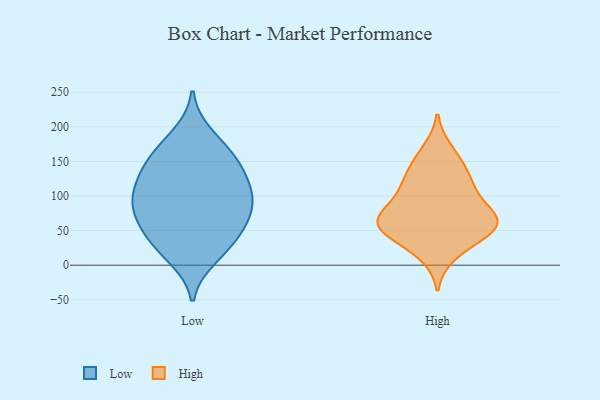
{"axis": {"x": "Inventory Turnover", "y": "Value"}, "legend": ["High", "Low"], "data": [{"x": "", "y": 144, "type": "Low"}, {"x": "", "y": 30, "type": "Low"}, {"x": "", "y": 97, "type": "Low"}, {"x": "", "y": 56, "type": "Low"}, {"x": "", "y": 58, "type": "Low"}, {"x": "", "y": 135, "type": "Low"}, {"x": "", "y": 76, "type": "Low"}, {"x": "", "y": 102, "type": "Low"}, {"x": "", "y": 97, "type": "Low"}, {"x": "", "y": 89, "type": "Low"}, {"x": "", "y": 189, "type": "Low"}, {"x": "", "y": 155, "type": "Low"}, {"x": "", "y": 11, "type": "Low"}, {"x": "", "y": 22, "type": "Low"}, {"x": "", "y": 141, "type": "Low"}, {"x": "", "y": 54, "type": "Low"}, {"x": "", "y": 171, "type": "Low"}, {"x": "", "y": 110, "type": "Low"}, {"x": "", "y": 54, "type": "High"}, {"x": "", "y": 95, "type": "High"}, {"x": "", "y": 60, "type": "High"}, {"x": "", "y": 15, "type": "High"}, {"x": "", "y": 76, "type": "High"}, {"x": "", "y": 54, "type": "High"}, {"x": "", "y": 129, "type": "High"}, {"x": "", "y": 28, "type": "High"}, {"x": "", "y": 127, "type": "High"}, {"x": "", "y": 152, "type": "High"}, {"x": "", "y": 97, "type": "High"}, {"x": "", "y": 58, "type": "High"}, {"x": "", "y": 63, "type": "High"}, {"x": "", "y": 64, "type": "High"}, {"x": "", "y": 115, "type": "High"}, {"x": "", "y": 55, "type": "High"}, {"x": "", "y": 166, "type": "High"}]}